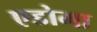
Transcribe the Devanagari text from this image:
एडोमा